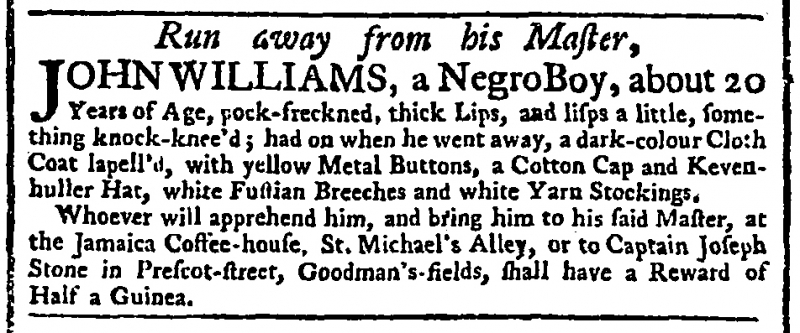
General Advertiser (1744), 21 February 1751 (England)
Run away from his Master,  JOHN WILLIAMS, a Negro Boy, about 20 Years of Age, pock-freckned, thick Lips, and lisps a little, something knock-knee’d; had on when he went away, a dark-colour Cloth Coat lapell’d, with yellow Metal Buttons, a Cotton Cap and Kevenhuller Hat, white Fustian Breeches and white Yarn Stockings.  Whoever will apprehend him, and bring him to his said Master, at the Jamaica Coffee-house, St. Michael’s Alley, or to Captain Joseph Stone in Prescot-street, Goodman’s-fields, shall have a Reward of Half a Guinea.